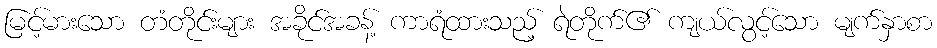
မြင့်မားသော တံတိုင်းများ အခိုင်အခန့် ကာရံထားသည့် ရဲတိုက်၏ ကျယ်လွင့်သော မျက်နှာစာ